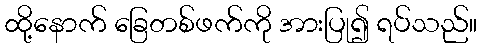
ထို့နောက် ခြေတစ်ဖက်ကို အားပြု၍ ရပ်သည်။